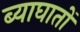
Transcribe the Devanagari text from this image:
ब्याघातों